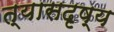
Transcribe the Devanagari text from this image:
त्यासदृष्य